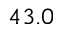
4 3 . 0